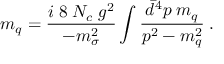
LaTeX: m _ { q } = { \frac { i \; 8 \; N _ { c } \; g ^ { 2 } } { - m _ { \sigma } ^ { 2 } } } \int { \frac { \bar { d } ^ { 4 } p \; m _ { q } } { p ^ { 2 } - m _ { q } ^ { 2 } } } \; .